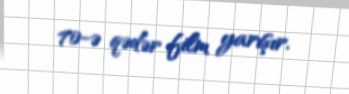
70-ə qədər film yarışır.